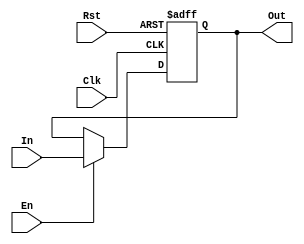
`timescale 1ns / 1ps
//////////////////////////////////////////////////////////////////////////////////
// Module Name:nbit_reg
//////////////////////////////////////////////////////////////////////////////////

module nbit_reg #(parameter WIDTH=4)(Clk, En, Rst, In, Out);
    input Clk, En, Rst;
    input [WIDTH-1:0] In;
    output reg [WIDTH-1:0] Out;
  
    
	always @ (posedge Clk or posedge Rst) begin
		if (Rst)
			Out <= 0;
		else if (En)
			Out <= In;

	end
    
endmodule